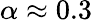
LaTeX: \alpha\approx 0.3